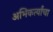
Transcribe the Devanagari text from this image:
अभिकर्त्यांचा